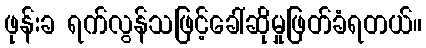
ဖုန်းခ ရက်လွန်သဖြင့်ခေါ်ဆိုမှုဖြတ်ခံရတယ်။